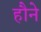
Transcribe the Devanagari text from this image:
हौने